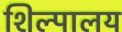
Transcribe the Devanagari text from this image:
शिल्पालय